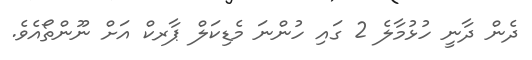
ދެން ދާނީ ހުޅުމާލެ 2 ގައި ހުންނަ މެޑިކަލް ޕާރކް އަށް ނޫންތޯއެވެ.